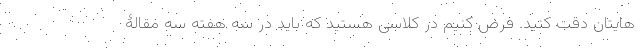
‌هایتان دقت کنید. فرض کنیم در کلاسی هستید که باید در سه هفته سه مقالۀ